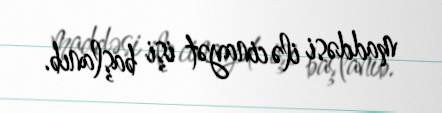
maddəsi ilə cinayət işi başlanıb.